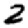
Digit: 2